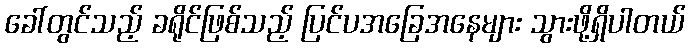
ခေါ်တွင်သည့် ခရိုင်ဖြစ်သည့် ပြင်ပအခြေအနေများ သွားဖို့ရှိပါတယ်